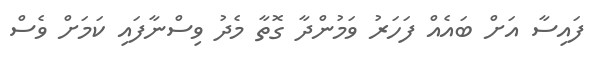
ފައިސާ އަށް ބައެއް ފަހަރު ވަމުންދާ ގޮތާ މެދު ވިސްނާފައި ކަމަށް ވެސް